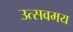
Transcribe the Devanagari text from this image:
उत्सवमय